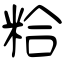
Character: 粭